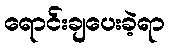
ရောင်းချပေးခဲ့ရာ